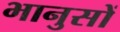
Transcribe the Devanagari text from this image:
भानुसों